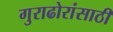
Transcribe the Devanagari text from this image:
गुराढोरांसाठी